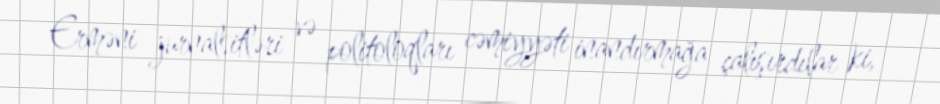
Erməni jurnalsitləri və politoloqları cəmiyyəti inandırmağa çalışırdılar ki,